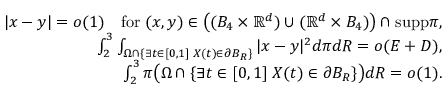
\begin{array} { r } { | x - y | = o ( 1 ) \quad \mathrm { f o r } \; ( x , y ) \in \big ( ( B _ { 4 } \times \mathbb { R } ^ { d } ) \cup ( \mathbb { R } ^ { d } \times B _ { 4 } ) \big ) \cap \mathrm { s u p p } \pi , } \\ { \int _ { 2 } ^ { 3 } \int _ { \Omega \cap \{ \exists t \in [ 0 , 1 ] \; X ( t ) \in \partial B _ { R } \} } | x - y | ^ { 2 } d \pi d R = o ( E + D ) , } \\ { \int _ { 2 } ^ { 3 } \pi \big ( \Omega \cap \{ \exists t \in [ 0 , 1 ] \; X ( t ) \in \partial B _ { R } \} \big ) d R = o ( 1 ) . } \end{array}